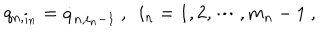
LaTeX: q _ { n , i _ { n } } = \dot { q } _ { n , i _ { n } - 1 } \ , \ \ i _ { n } = 1 , 2 , \cdots , m _ { n } - 1 \ ,